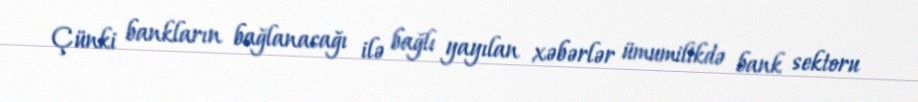
Çünki bankların bağlanacağı ilə bağlı yayılan xəbərlər ümumilikdə bank sektoru